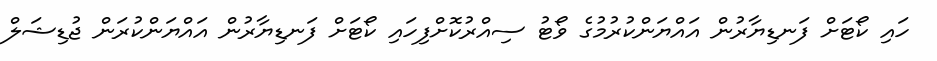
ހައި ކޯޓަށް ފަނޑިޔާރުން އައްޔަންކުރުމުގެ ވޯޓު ސިއްރުކޮށްފިހައި ކޯޓަށް ފަނޑިޔާރުން އައްޔަންކުރަން ޖުޑިޝަލް